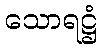
သောရဋ္ဌံ